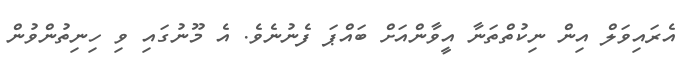
އެރައިވަލް އިން ނިކުތްތަނާ އީވާންއަށް ބައްޕަ ފެނުނެވެ. އެ މޫނުގައި ވި ހިނިތުންވުން